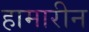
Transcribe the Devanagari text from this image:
हामारीन